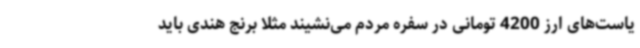
یاست‌های ارز 4200 تومانی در سفره مردم می‌نشیند مثلا برنج هندی باید